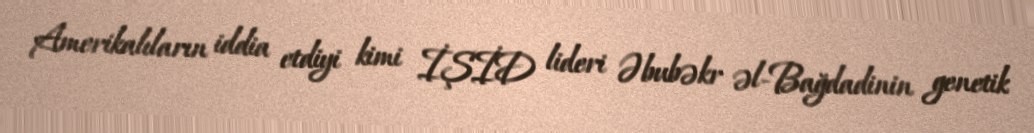
Amerikalıların iddia etdiyi kimi İŞİD lideri Əbubəkr əl-Bağdadinin genetik